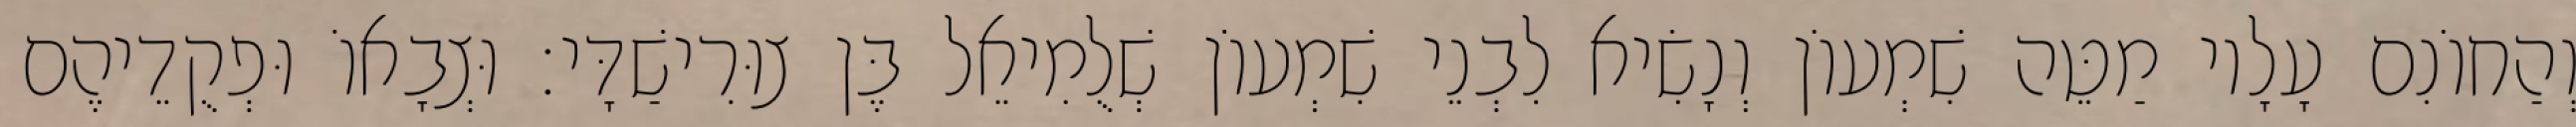
וְהַחוֹנִם עָלָיו מַטֵּה שִׁמְעוֹן וְנָשִׂיא לִבְנֵי שִׁמְעוֹן שְׁלֻמִיאֵל בֶּן צוּרִישַׁדָּי׃ וּצְבָאוֹ וּפְקֻדֵיהֶם